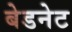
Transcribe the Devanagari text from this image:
बेडनेट